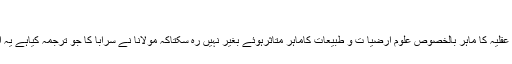
(کنزالایمان)
امام احمدرضا کے اس ترجمۂ قرآن کوپڑھ کر علومِ عقلیہ کا ماہر بالخصوص علومِ ارضیا ت و طبیعات کاماہر متاثرہوئے بغیر نہیں رہ سکتاکہ مولانا نے سَرَابًا کا جو ترجمہ کیاہے یہ اس وقت ممکن ہے جب وہ اس عمل سے واقف ہوں۔